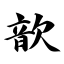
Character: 歆